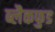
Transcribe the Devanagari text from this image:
ब्लैकफुड